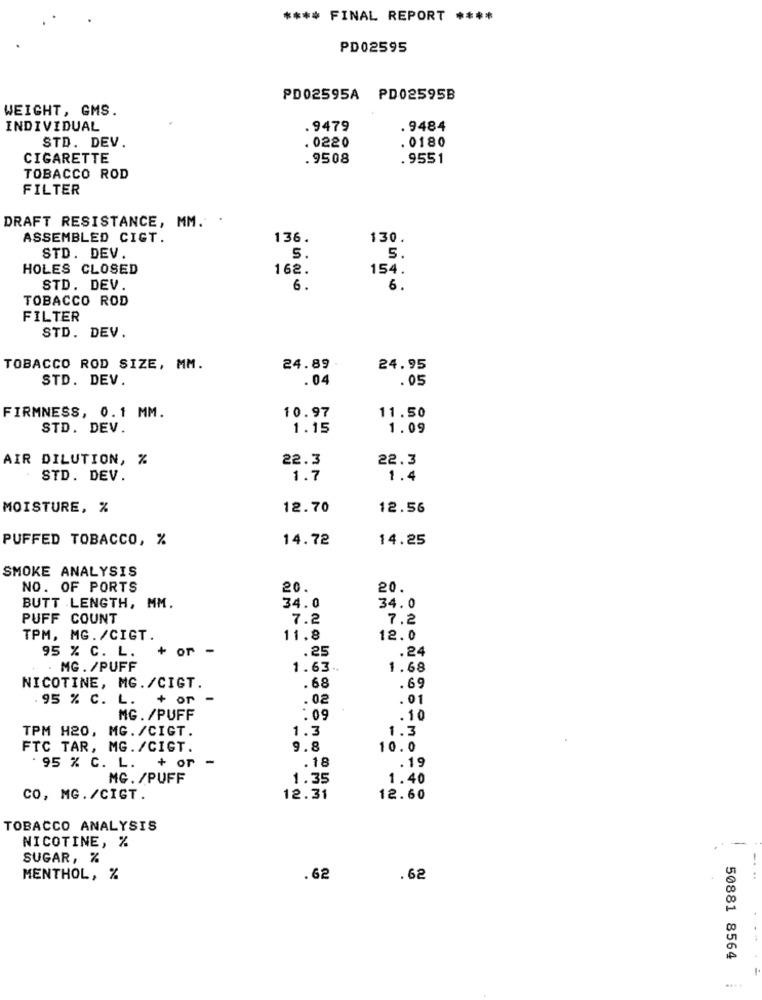
**** FINAL REPORT ****
PD02595
PD02595A PD02595B
WEIGHT, GMS.
INDIVIDUAL
.9479
. 9484
STD. DEV.
. 0180
. 0220
CIGARETTE
.9508
. 9551
TOBACCO ROD
FILTER
DRAFT RESISTANCE, MM. .
ASSEMBLED CIGT.
136.
130.
STD. DEV.
5.
5.
HOLES CLOSED
162.
154.
STD. DEV.
6.
6.
TOBACCO ROD
FILTER
STD. DEV.
TOBACCO ROD SIZE, MM.
24.89
24.95
STD. DEV.
.04
.05
FIRMNESS, 0.1 MM.
10.97
11.50
STD. DEV.
1.15
1.09
AIR DILUTION, %
22.3
22.3
STD. DEV.
1.7
1.4
MOISTURE, %
12.70
12.56
PUFFED TOBACCO, %
14.72
14.25
SMOKE ANALYSIS
NO. OF PORTS
20.
20.
34.0
34.0
BUTT LENGTH, MM.
PUFF COUNT
7.2
7.2
TPM, MG. /CIGT.
11.8
12.0
95 % C. L.
+ or -
.25
.24
MG. /PUFF
1.63 ..
1.68
NICOTINE, MG./CIGT.
.68
.69
95 % C. L.
+ or
.02
.01
MG. /PUFF
:09
.10
TPM H20, MG. /CIGT.
1.3
1.3
FTC TAR, MG. /CIGT.
9.8
10.0
+ or
. 18
. 95 % C. L.
. 19
MG. /PUFF
1.35
1.40
CO, MG./CIGT.
12.31
12.60
TOBACCO ANALYSIS
NICOTINE, %
SUGAR, %
MENTHOL, %
.62
.62
...
50881 8564
....